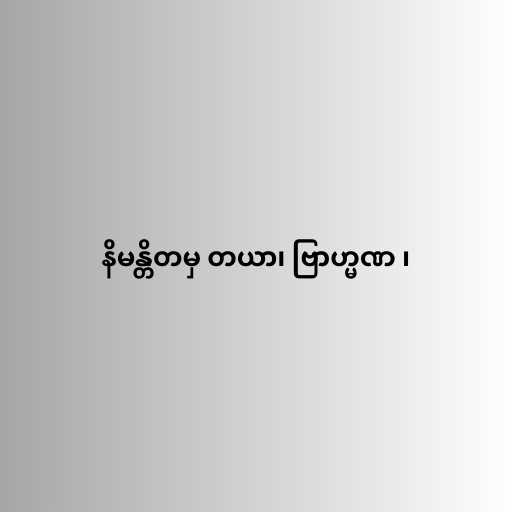
နိမန္တိတမှ တယာ၊ ဗြာဟ္မဏ ၊